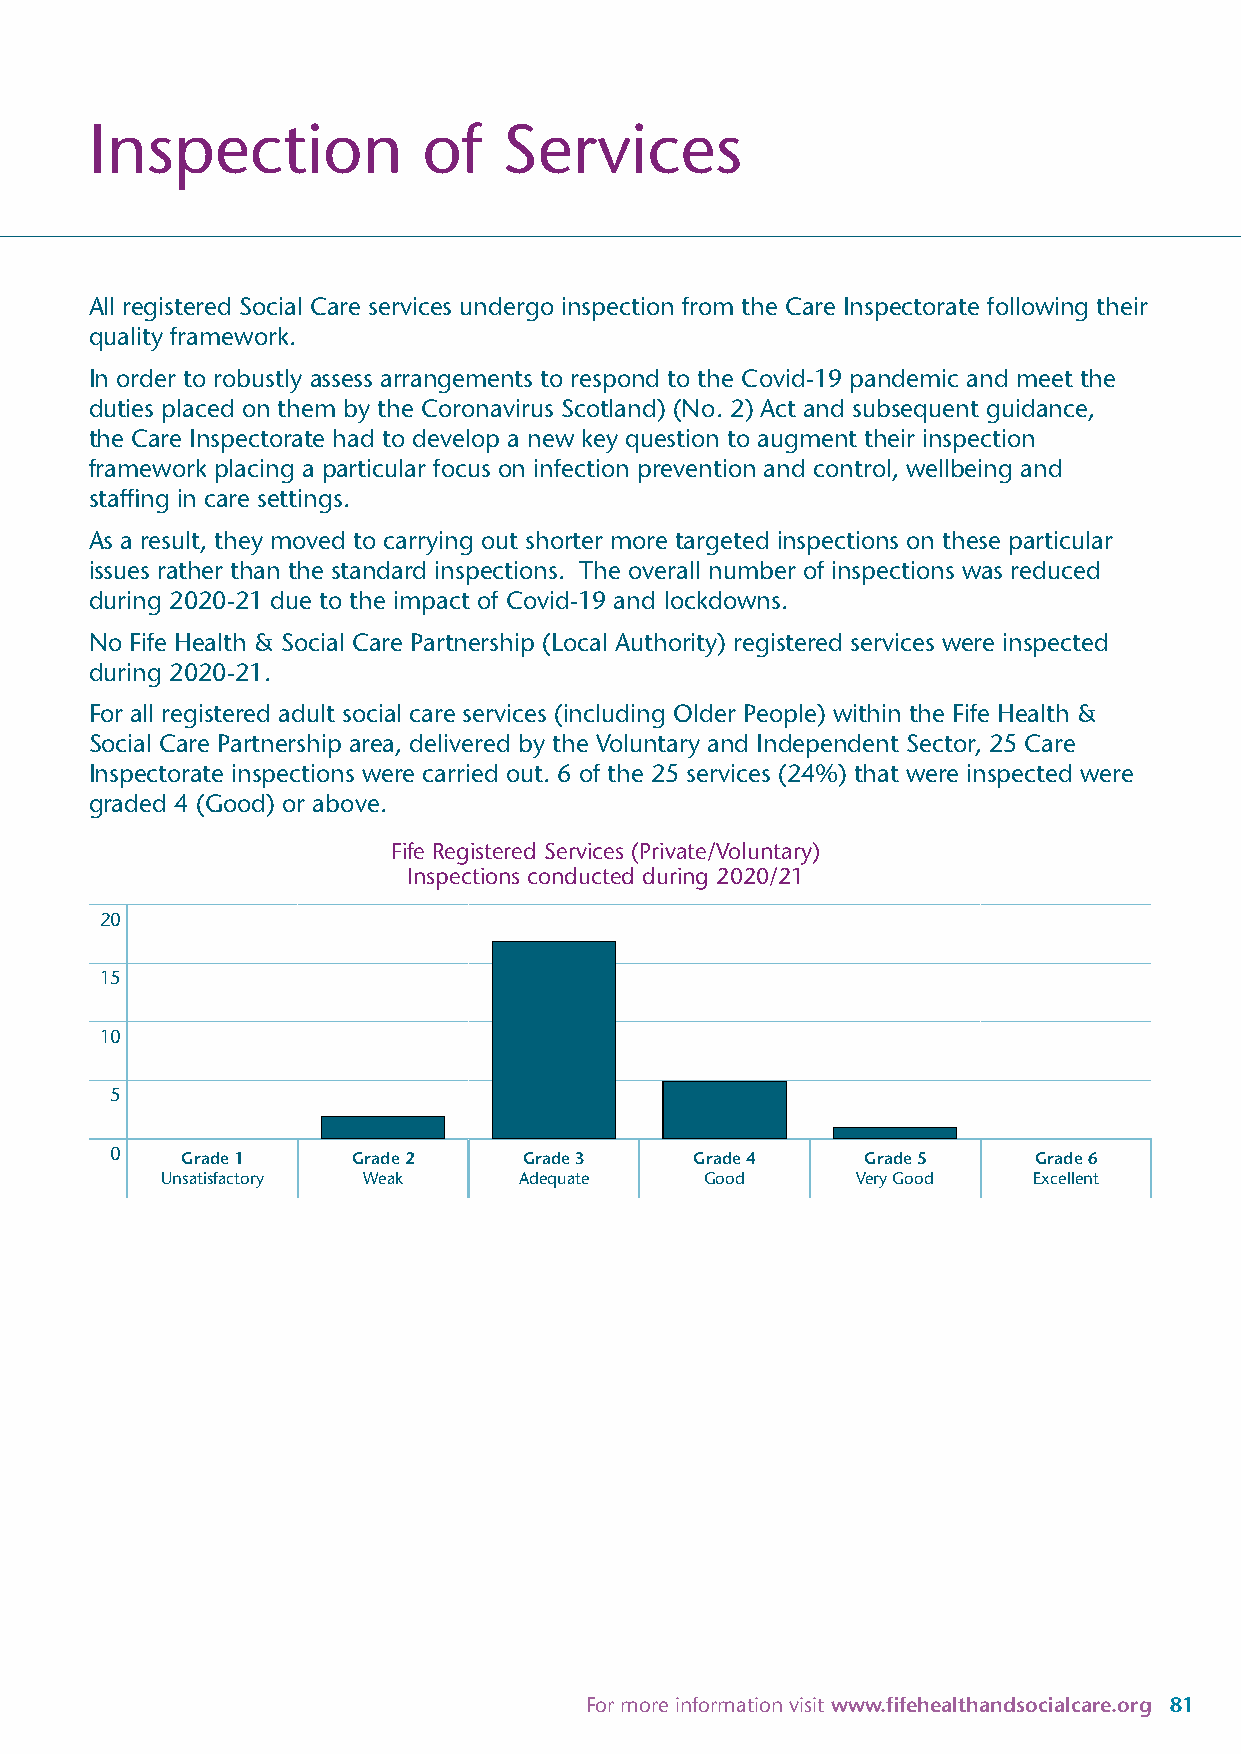
Inspection            of   Services
 All registered Social Care services undergo inspection from the Care Inspectorate following their
 quality framework.
 In order to robustly assess arrangements to respond to the Covid-19 pandemic and meet the
 duties placed on them by the Coronavirus Scotland) (No. 2) Act and subsequent guidance,
 the Care Inspectorate had to develop a new key question to augment their inspection
 framework placing a particular focus on infection prevention and control, wellbeing and
 staffing in care settings.
 As a result, they moved to carrying out shorter more targeted inspections on these particular
 issues rather than the standard inspections. The overall number of inspections was reduced
 during 2020-21 due to the impact of Covid-19 and lockdowns.
 No Fife Health & Social Care Partnership (Local Authority) registered services were inspected
 during 2020-21.
 For all registered adult social care services (including Older People) within the Fife Health &
 Social Care Partnership area, delivered by the Voluntary and Independent Sector, 25 Care
 Inspectorate inspections were carried out. 6 of the 25 services (24%) that were inspected were
 graded 4 (Good) or above.
 Fife Registered Services (Private/Voluntary)
 Inspections conducted during 2020/21
 20
 15
 10
 5
 0    Grade 1    Grade 2     Grade 3    Grade 4    Grade 5    Grade 6
 Unsatisfactory Weak    Adequate     Good      Very Good  Excellent
 For more information visit www.fifehealthandsocialcare.org 81